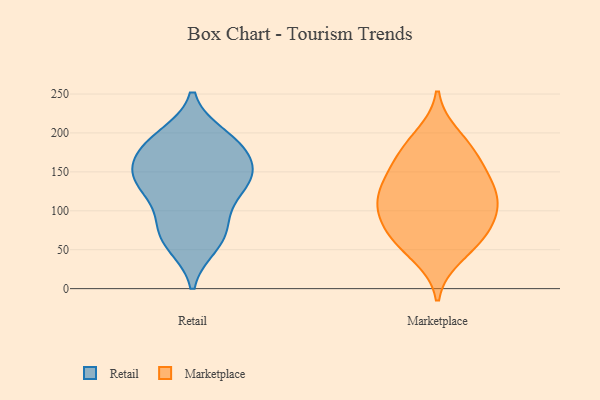
{"axis": {"x": "Conversion Rate (%)", "y": "Value"}, "legend": ["Marketplace", "Retail"], "data": [{"x": "", "y": 179, "type": "Retail"}, {"x": "", "y": 126, "type": "Retail"}, {"x": "", "y": 56, "type": "Retail"}, {"x": "", "y": 156, "type": "Retail"}, {"x": "", "y": 130, "type": "Retail"}, {"x": "", "y": 71, "type": "Retail"}, {"x": "", "y": 191, "type": "Retail"}, {"x": "", "y": 144, "type": "Retail"}, {"x": "", "y": 148, "type": "Retail"}, {"x": "", "y": 59, "type": "Retail"}, {"x": "", "y": 177, "type": "Retail"}, {"x": "", "y": 134, "type": "Retail"}, {"x": "", "y": 188, "type": "Retail"}, {"x": "", "y": 196, "type": "Retail"}, {"x": "", "y": 146, "type": "Retail"}, {"x": "", "y": 94, "type": "Retail"}, {"x": "", "y": 82, "type": "Retail"}, {"x": "", "y": 94, "type": "Marketplace"}, {"x": "", "y": 107, "type": "Marketplace"}, {"x": "", "y": 119, "type": "Marketplace"}, {"x": "", "y": 196, "type": "Marketplace"}, {"x": "", "y": 73, "type": "Marketplace"}, {"x": "", "y": 125, "type": "Marketplace"}, {"x": "", "y": 178, "type": "Marketplace"}, {"x": "", "y": 146, "type": "Marketplace"}, {"x": "", "y": 58, "type": "Marketplace"}, {"x": "", "y": 67, "type": "Marketplace"}, {"x": "", "y": 151, "type": "Marketplace"}, {"x": "", "y": 92, "type": "Marketplace"}, {"x": "", "y": 122, "type": "Marketplace"}, {"x": "", "y": 174, "type": "Marketplace"}, {"x": "", "y": 42, "type": "Marketplace"}]}